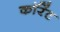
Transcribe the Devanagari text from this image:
कॉरेंट